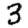
Digit: 3